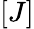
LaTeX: [J]